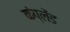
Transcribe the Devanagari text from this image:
कंप्लेंड